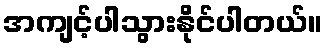
အကျင့်ပါသွားနိုင်ပါတယ်။